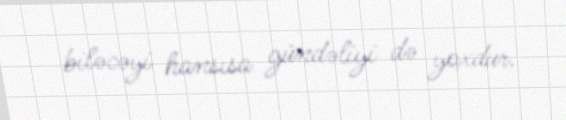
biləcəyi hansısa gündəliyi də yoxdur.